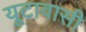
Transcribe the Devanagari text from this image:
यूटावासी